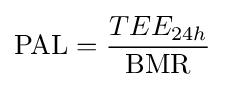
{\text{PAL}}={\frac {TEE_{24h}}{\text{BMR}}}